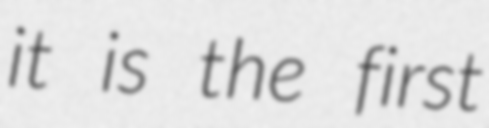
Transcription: it is the first